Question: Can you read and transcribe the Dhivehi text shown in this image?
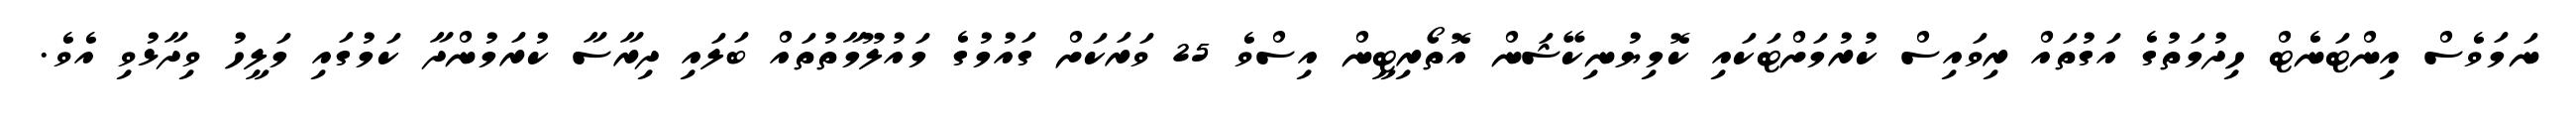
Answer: ނަމަވެސް އިންޓަނެޓް ހިދުމަތުގެ އަގުތައް ރިވައިސް ކުރުމަށްޓަކައި ކޮމިޔުނިކޭޝަން އޮތޯރިޓީން އިސްވެ 25 ވަރަކަށް ގައުމުގެ މައުލޫމާތުތައް ބަލައި ދިރާސާ ކުރަމުންދާ ކަމުގައި މަލީހު ވިދާޅުވި އެވެ.